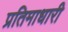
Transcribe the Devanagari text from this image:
प्रतिमाधारी